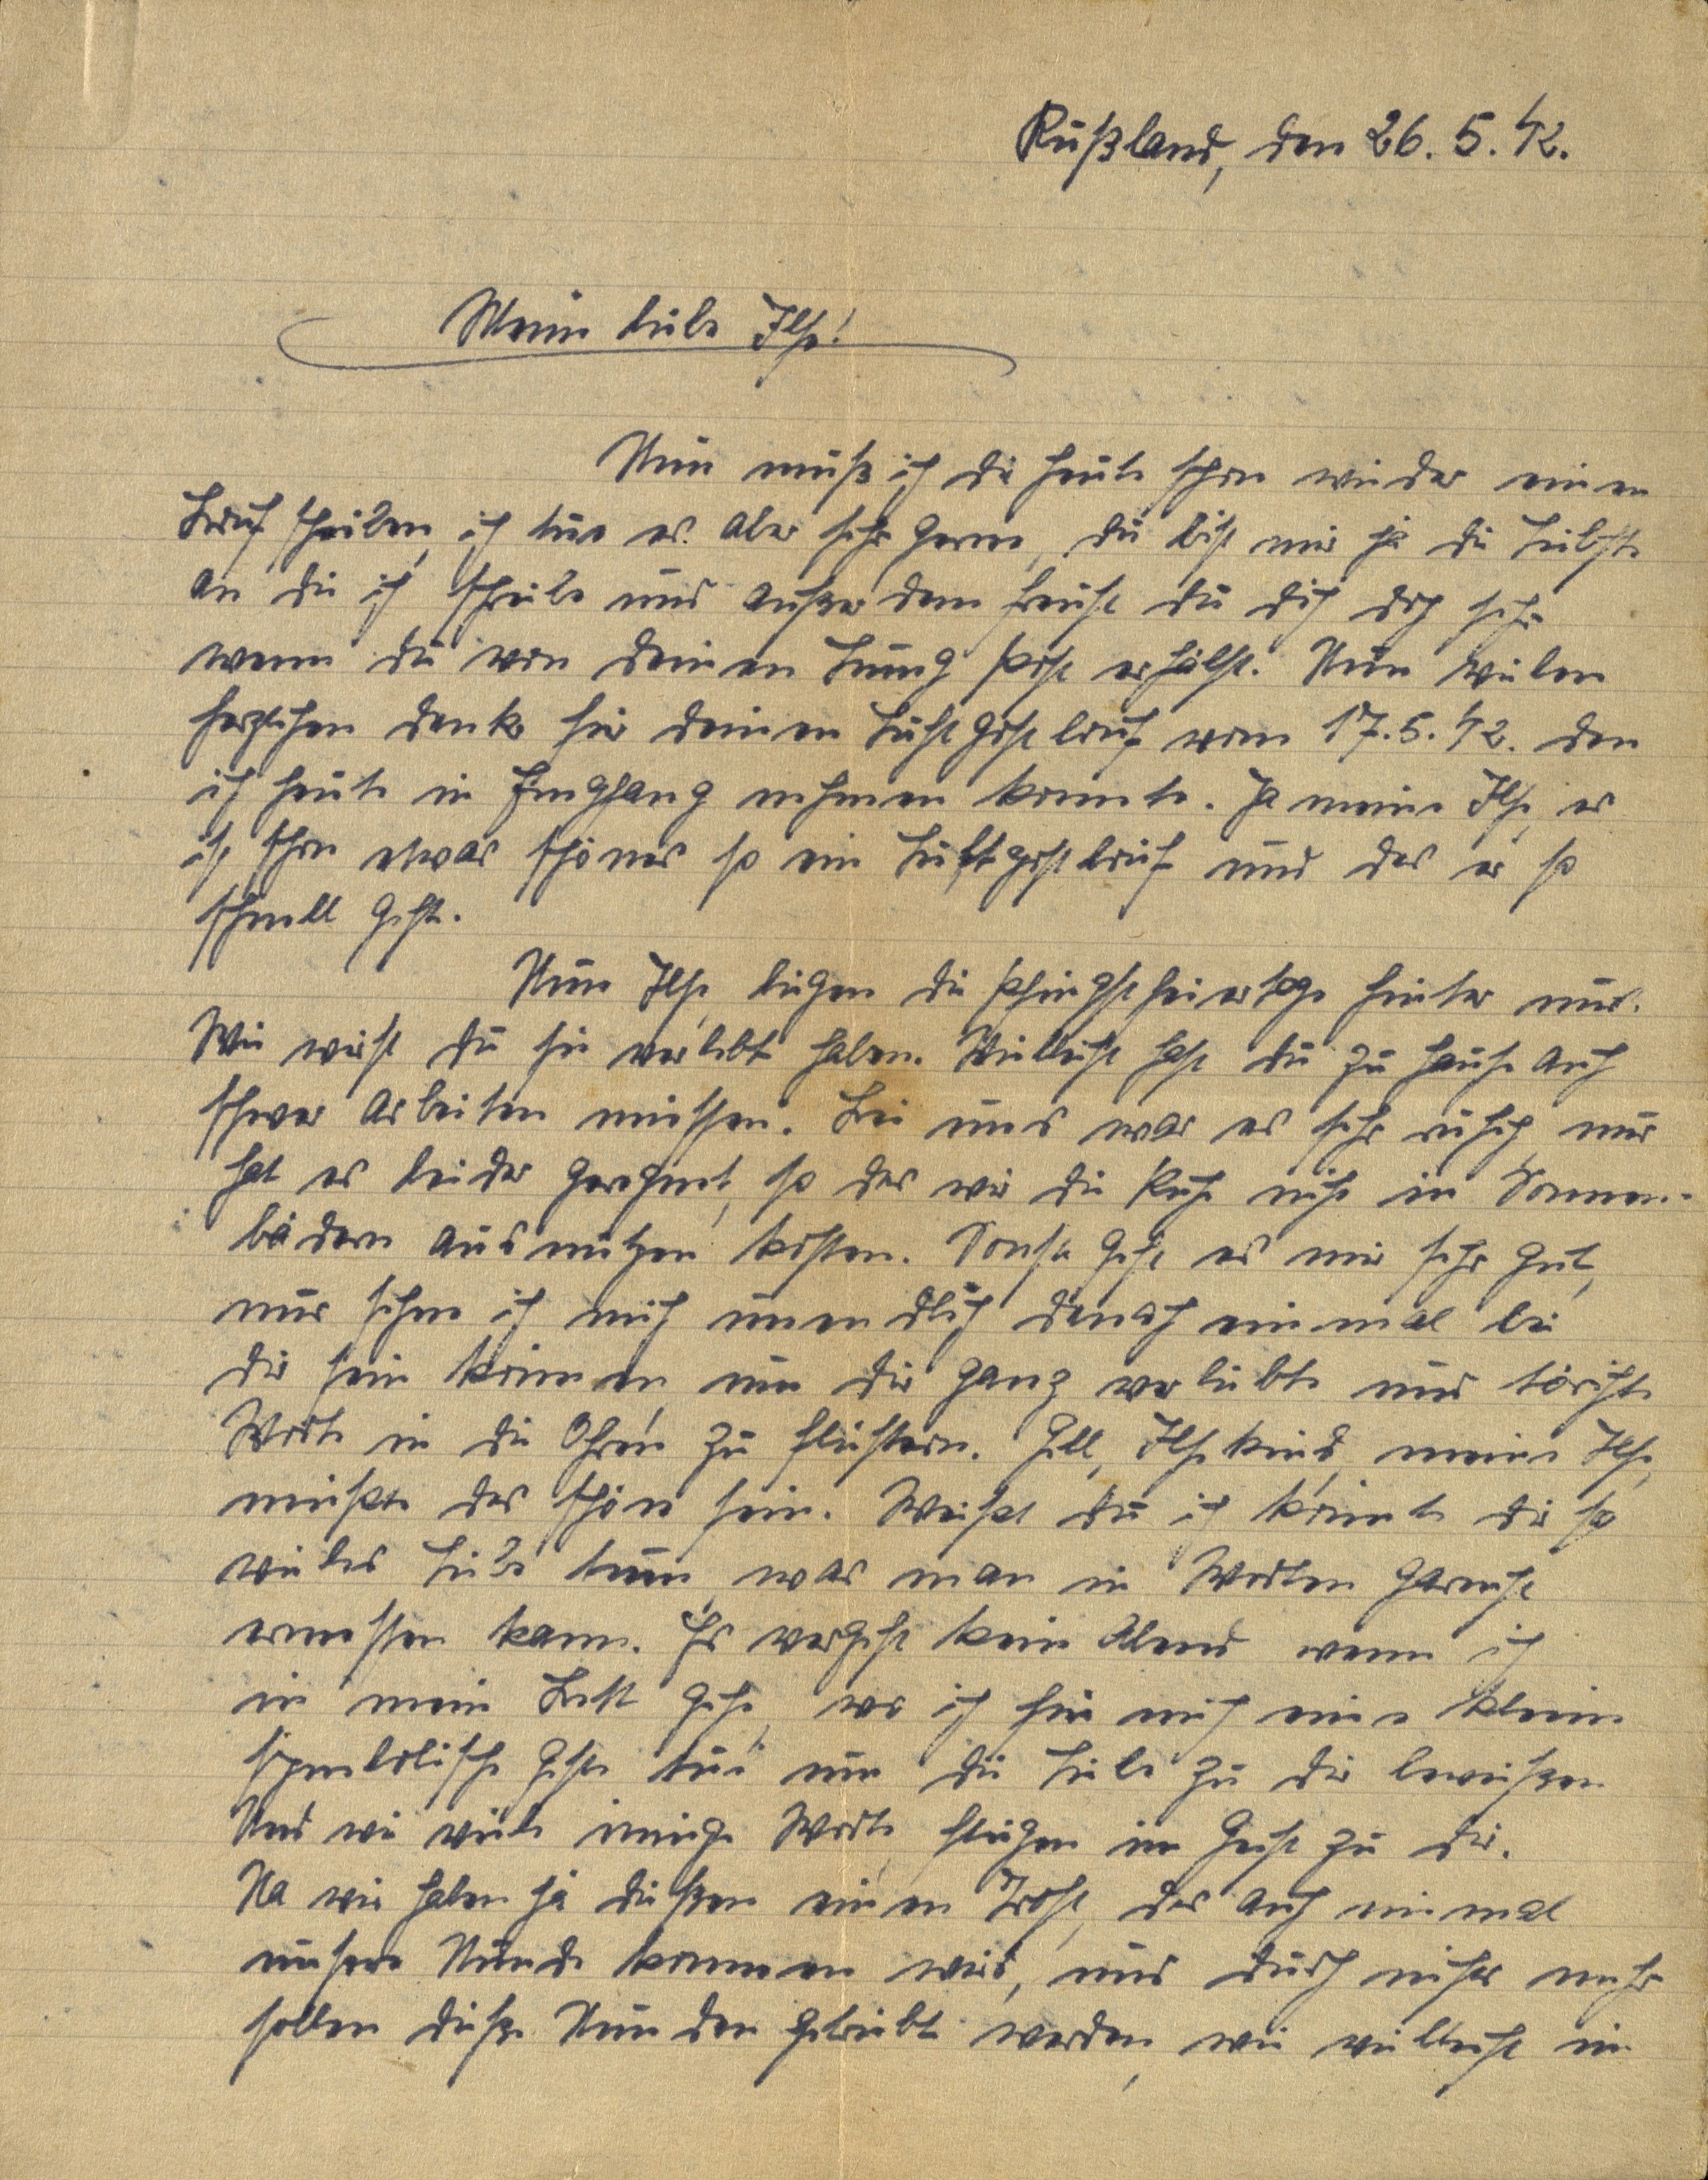
Rußland, den 26.5.42.
Meine liebe Ilse!
Nun muß ich dir heute schon wieder einen
Brief schreiben, ich tue es aber sehr gerne, du bist mir ja die Liebste
an die ich schreibe und außerdem freust du dich doch sehr,
wenn du von deinen Jung Post erhälst. Nun vielen
herzlichen Dank für deinen Luftpostbrief vom 17.5.42. den
ich heute in Empfang nehmen konnte. Ja meine Ilse, es
ist schon etwas schöner so ein Luftpostbrief und das es so
schnell geht.
Nun Ilse, liegen die Pfingstfeiertage hinter uns.
Wie wirst du sie verlebt haben. Vielleicht hast du zu Hause auch
schwer arbeiten müssen. Bei uns war es sehr ruhig, nur
hat es leider geregnet, so das wir die Ruhe nicht in Sonnen¬
bädern ausnutzen kosten. Sonst geht es mir sehr gut,
nur sehne ich mich unendlich danach einmal bei
dir sein können, um dir ganz verliebte und törichte
Worte in die Ohren zu flüstern. Gell, Ilsekind, meine Ilse,
müßte das schön sein. Weißt du ich könnte dir so
vieles Liebs tuen, was man in Worten garnicht
ermessen kann. Es vergeht kein Abend wenn ich
in mein Bett gehe, wo ich für mich eine kleine
symbolische Geste tue um die Liebe zu dir beweisen
Und wie viele innige Worte fliegen im Geist zu dir.
Na wir haben ja dießen einen Trost, das auch einmal
unsere Stunde kommen wird, und durch nichts mehr
sollen dieße Stunden getrübt werden, wie vielleicht im